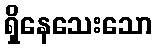
ရှိနေသေးသော